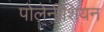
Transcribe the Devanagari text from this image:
पोलेनीशियन